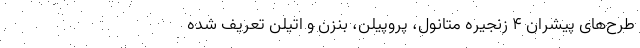
طرح‌های پیشران ۴ زنجیره متانول، ‌پروپیلن، ‌بنزن و اتیلن تعریف شده